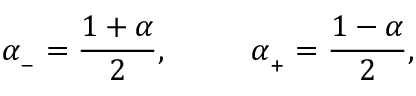
\alpha _ { _ - } = \frac { 1 + \alpha } { 2 } , \ \ \ \ \ \ \ \ \alpha _ { _ + } = \frac { 1 - \alpha } { 2 } ,